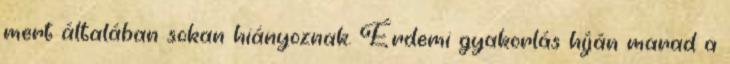
mert általában sokan hiányoznak. Érdemi gyakorlás híján marad a